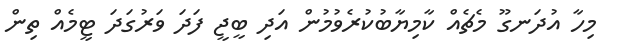
މިހާ އުދަނގޫ މެޗެއް ކާމިޔާބުކުރެވުމުން އަދި ބީޖީ ފަދަ ވަރުގަދަ ޓީމެއް ތިން